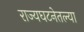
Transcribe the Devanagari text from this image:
राज्यघटनेतल्या